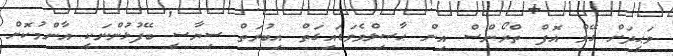
ވަޙީދަށް ގޭމް އޮފް ތްރޯންސް އިން ޙާޞިލްވެވަޑައިގަތް އިބުރަތް ސިޔާސީ ބޭފުޅުންނަކީ އާންމުކޮށް